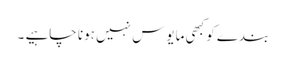
بندے کو کبھی مایوس نہیں ہونا چاہیے ۔